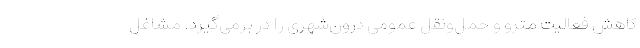
کاهش فعالیت مترو و حمل‌ونقل عمومی درون‌شهری را در برمی‌گیرد. مشاغل